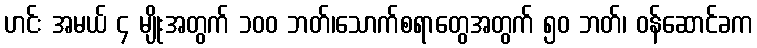
ဟင်း အမယ် ၄ မျိုးအတွက် ၁၀၀ ဘတ်၊သောက်စရာတွေအတွက် ၅၀ ဘတ်၊ ဝန်ဆောင်ခက